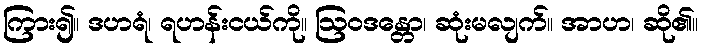
ကြား၍။ ဒဟရံ၊ ရဟန်းငယ်ကို။ ဩဝဒန္တော၊ ဆုံးမလျက်။ အာဟ၊ ဆို၏။